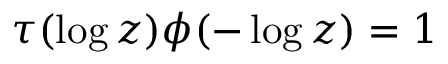
\tau ( \log z ) \phi ( - \log z ) = 1